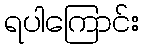
ရပါကြောင်း